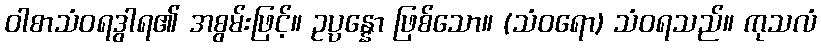
ဝါစာသံဝရဒွါရ၏ အစွမ်းဖြင့်။ ဥပ္ပန္နော ဖြစ်သော။ (သံဝရော) သံဝရသည်။ ကုသလံ